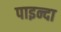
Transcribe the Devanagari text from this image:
पाइन्दा